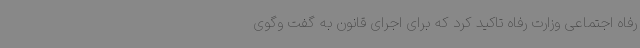
رفاه اجتماعی وزارت رفاه تاکید کرد که برای اجرای قانون به گفت وگوی